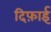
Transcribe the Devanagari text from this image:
दिफ़ाई